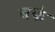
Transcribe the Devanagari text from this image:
बर्कं